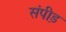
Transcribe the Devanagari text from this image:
संपीड़